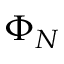
\Phi _ { N }